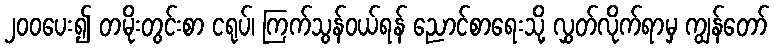
၂၀၀ပေး၍ တမိုးတွင်းစာ ငရုပ်၊ ကြက်သွန်ဝယ်ရန် ညောင်စာရေးသို့ လွှတ်လိုက်ရာမှ ကျွန်တော်